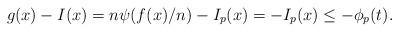
LaTeX: \begin{align*}g(x)-I(x) = n \psi(f(x)/n) - I_p(x) = -I_p(x) \le -\phi_p(t).\end{align*}